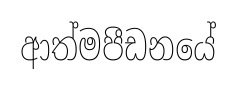
ආත්මපීඩනයේ